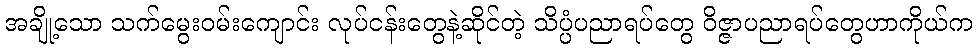
အချို့သော သက်မွေးဝမ်းကျောင်း လုပ်ငန်းတွေနဲ့ဆိုင်တဲ့ သိပ္ပံပညာရပ်တွေ ဝိဇ္ဇာပညာရပ်တွေဟာကိုယ်က